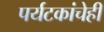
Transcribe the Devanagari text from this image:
पर्यटकांचेही